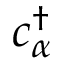
c _ { \alpha } ^ { \dagger }